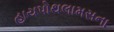
હાયપોથલામસના